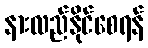
နားလည်နိုင်စေရန်